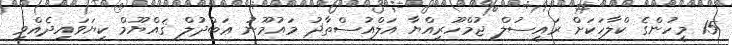
15 މީހުންގެ ކްލާހަކަށް ރައީސުލް ޖުމްހޫރިއްޔާ އަލްއުސްތާޛު މައުމޫނު ޢަބްދުލް ޤައްޔޫމް ކިޔަވައިދެއްވި